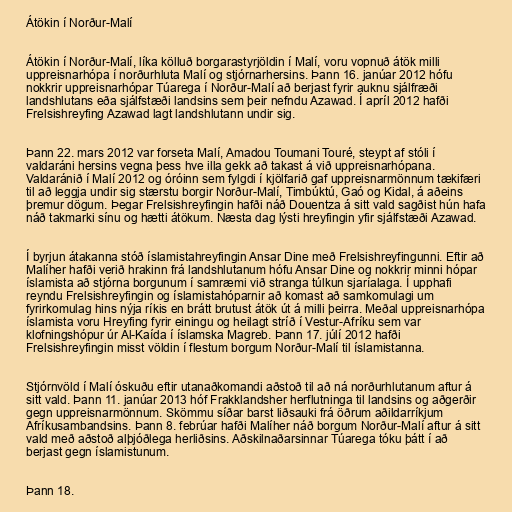
Átökin í Norður-Malí

Átökin í Norður-Malí, líka kölluð borgarastyrjöldin í Malí, voru vopnuð átök milli
uppreisnarhópa í norðurhluta Malí og stjórnarhersins. Þann 16. janúar 2012 hófu
nokkrir uppreisnarhópar Túarega í Norður-Malí að berjast fyrir auknu sjálfræði
landshlutans eða sjálfstæði landsins sem þeir nefndu Azawad. Í apríl 2012 hafði
Frelsishreyfing Azawad lagt landshlutann undir sig.

Þann 22. mars 2012 var forseta Malí, Amadou Toumani Touré, steypt af stóli í
valdaráni hersins vegna þess hve illa gekk að takast á við uppreisnarhópana.
Valdaránið í Malí 2012 og óróinn sem fylgdi í kjölfarið gaf uppreisnarmönnum tækifæri
til að leggja undir sig stærstu borgir Norður-Malí, Timbúktú, Gaó og Kidal, á aðeins
þremur dögum. Þegar Frelsishreyfingin hafði náð Douentza á sitt vald sagðist hún hafa
náð takmarki sínu og hætti átökum. Næsta dag lýsti hreyfingin yfir sjálfstæði Azawad.

Í byrjun átakanna stóð íslamistahreyfingin Ansar Dine með Frelsishreyfingunni. Eftir að
Malíher hafði verið hrakinn frá landshlutanum hófu Ansar Dine og nokkrir minni hópar
íslamista að stjórna borgunum í samræmi við stranga túlkun sjaríalaga. Í upphafi
reyndu Frelsishreyfingin og íslamistahóparnir að komast að samkomulagi um
fyrirkomulag hins nýja ríkis en brátt brutust átök út á milli þeirra. Meðal uppreisnarhópa
íslamista voru Hreyfing fyrir einingu og heilagt stríð í Vestur-Afríku sem var
klofningshópur úr Al-Kaída í íslamska Magreb. Þann 17. júlí 2012 hafði
Frelsishreyfingin misst völdin í flestum borgum Norður-Malí til íslamistanna.

Stjórnvöld í Malí óskuðu eftir utanaðkomandi aðstoð til að ná norðurhlutanum aftur á
sitt vald. Þann 11. janúar 2013 hóf Frakklandsher herflutninga til landsins og aðgerðir
gegn uppreisnarmönnum. Skömmu síðar barst liðsauki frá öðrum aðildarríkjum
Afríkusambandsins. Þann 8. febrúar hafði Malíher náð borgum Norður-Malí aftur á sitt
vald með aðstoð alþjóðlega herliðsins. Aðskilnaðarsinnar Túarega tóku þátt í að
berjast gegn íslamistunum.

Þann 18.